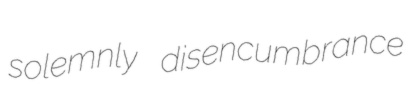
solemnly disencumbrance